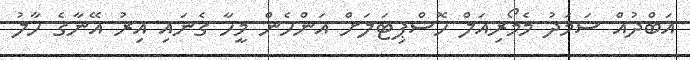
އަބްދުއް ސަމަދު މެމޯރިއަލް ހޮސްޕިޓަލަށް އަންހެން މީހާ ގެނައި އިރު އޭނާގެ ހާލު